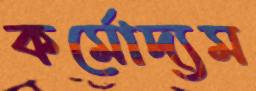
কর্মোদ্যম